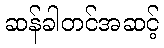
ဆန်ခါတင်အဆင့်